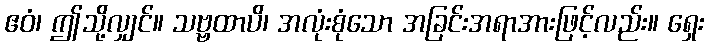
ဧဝံ၊ ဤသို့လျှင်။ သဗ္ဗထာပိ၊ အလုံးစုံသော အခြင်းအရာအားဖြင့်လည်း။ ရှေး